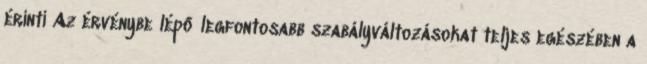
érinti Az érvénybe lépő legfontosabb szabályváltozásokat teljes egészében a